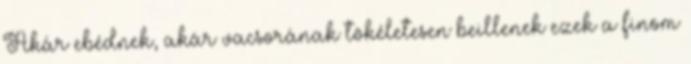
Akár ebédnek, akár vacsorának tökéletesen beillenek ezek a finom